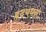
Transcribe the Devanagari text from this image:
हृदयधन